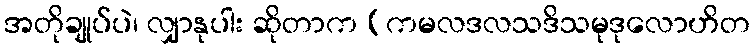
အတိုချုပ်ပဲ၊ လျှာနုပါး ဆိုတာက (ကမလဒလသဒိသမုဒုလောဟိတ